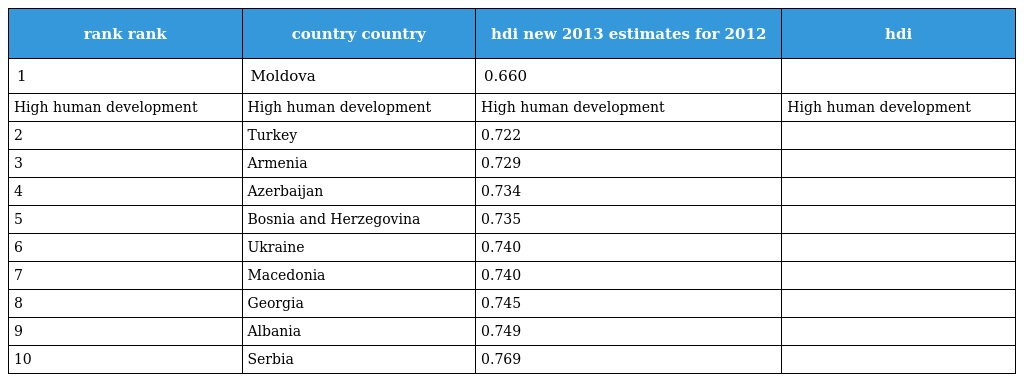
| rank rank | country country | hdi new 2013 estimates for 2012 | hdi |
 | --- | --- | --- | --- |
 | 1 | Moldova | 0.660 |  |
 | High human development | High human development | High human development | High human development |
 | 2 | Turkey | 0.722 |  |
 | 3 | Armenia | 0.729 |  |
 | 4 | Azerbaijan | 0.734 |  |
 | 5 | Bosnia and Herzegovina | 0.735 |  |
 | 6 | Ukraine | 0.740 |  |
 | 7 | Macedonia | 0.740 |  |
 | 8 | Georgia | 0.745 |  |
 | 9 | Albania | 0.749 |  |
 | 10 | Serbia | 0.769 |  |